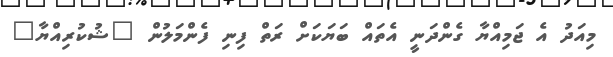
މިއަދު އެ ޖަމިއްޔާ ގެންދަނީ އެތައް ބަޔަކަށް ރަތް ފިނި ފެންމަލުން "ޝުކުރިއްޔާ"